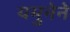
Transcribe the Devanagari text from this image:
यमुनेने